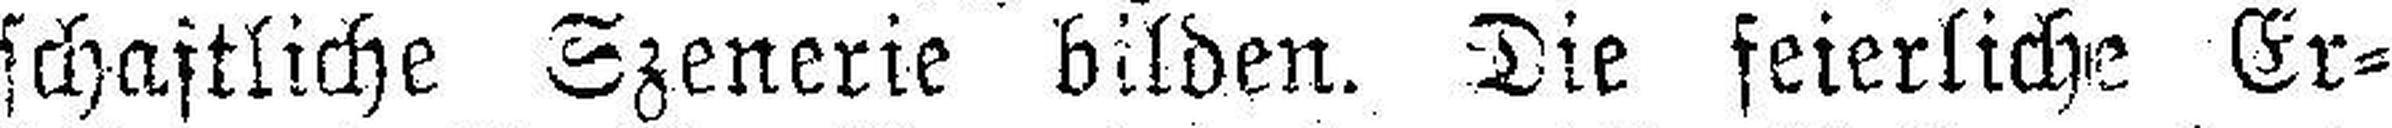
schaftliche Szenerie bilden. Die feierliche Er¬